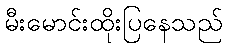
မီးမောင်းထိုးပြနေသည်